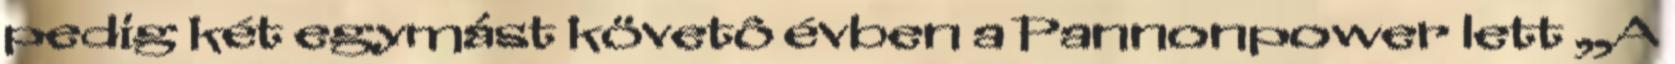
pedig két egymást követô évben a Pannonpower lett „A